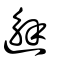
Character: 邂